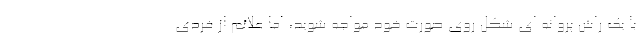
با یک راش پروانه ای شکل روی صورت خود مواجه شوید، اما علائم از فردی